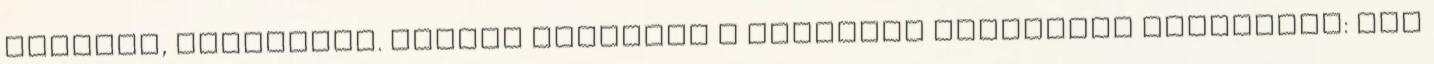
cenzúra, állítólag. Durván kifakadt a néppárti képviselő Orbánékra: „Az